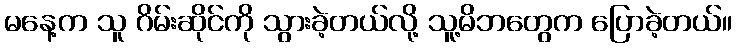
မနေ့က သူ ဂိမ်းဆိုင်ကို သွားခဲ့တယ်လို့ သူ့မိဘတွေက ပြောခဲ့တယ်။